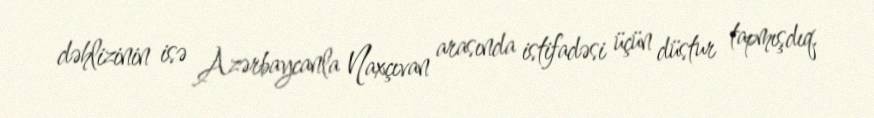
dəhlizinin isə Azərbaycanla Naxçıvan arasında istifadəsi üçün düstur tapmışdıq.